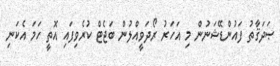
ޞަދަޤާތު ފައުންޑޭޝަނުން މި އަހަރު ރޯދަވީއްލުން ބަޖެޓް ކުރެވިފައި އޮތީ ހަމަ އެކަނި